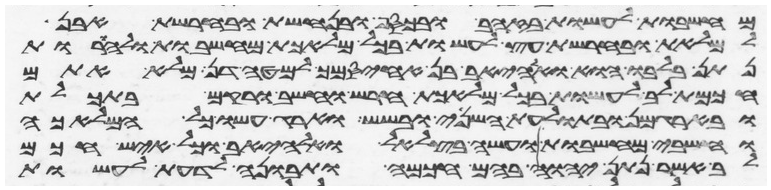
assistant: מחשבות לעשות בזהב ובכסף ובנחשת ובחרשת אבן
למלאת ובחרשת עץ לעשות בכל מלאכת מחשבות ולהורות
נתן בלבו הוא ואהליאב בן אחיסמך למטה דן מלא אתם
חכמת לב לעשות בכל מלאכת חרש וחשב ורקם בתכלת
ובארגמן ובתולעת השני ובשש וארג עשו כל המלאכה
וחשבי מחשבות ועשה בצלאל ואהליאב וכל איש חכם
לב אשר נתן יהוה בהם חכמה ותבונה לדעת לעשות